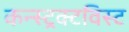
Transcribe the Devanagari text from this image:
कन्स्ट्रक्टविस्ट